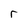
Character: r